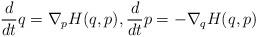
LaTeX: \begin{align*}\frac{d}{dt} q = \nabla_p H(q,p),\frac{d}{dt} p = -\nabla_q H(q,p)\end{align*}